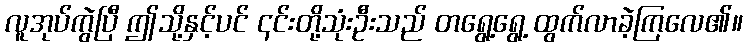
လူအုပ်ကွဲပြီ ဤသို့နှင့်ပင် ၎င်းတို့သုံးဦးသည် တရွေ့ရွေ့ ထွက်လာခဲ့ကြလေ၏။